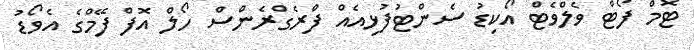
ޓޮމް ފޯޓް ވެލްވެޓް އޯކިޑު ސެންޓުފުޅިއެއް ފްރެގްރެންސް ހޯލް އޮފް ފޭމްގެ އެވޯޑު